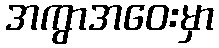
အကွာအဝေးမှာ